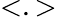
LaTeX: <.>